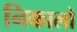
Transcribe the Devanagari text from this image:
निकालो